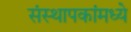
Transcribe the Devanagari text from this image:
संस्थापकांमध्ये